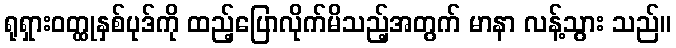
ရုရှားဝတ္ထုနှစ်ပုဒ်ကို ထည့်ပြောလိုက်မိသည့်အတွက် မာနာ လန့်သွား သည်။